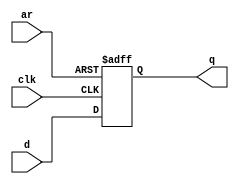
module top_module (
    input clk,
    input d, 
    input ar,   // asynchronous reset
    output q);
    //通过波形猜测ar高有效，而且ar异步
always @(posedge clk or posedge ar) begin
    
    
    if(ar)q<=0;
    else q<=d;
end


endmodule